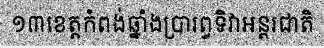
១៣ខេត្តកំពង់ឆ្នាំងប្រារព្វទិវាអន្តរជាតិ